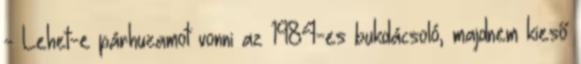
- Lehet-e párhuzamot vonni az 1984-es bukdácsoló, majdnem kieső